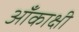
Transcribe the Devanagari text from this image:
आँकाक्षी